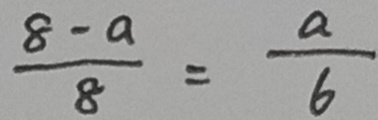
\frac { 8 - a } { 8 } = \frac { a } { 6 }